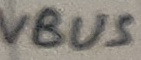
Text: VBUS